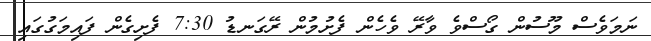
ނަމަވެސް މޫސުން ގޯސްވެ ވާރޭ ވެހެން ފެށުމުން ރޭގަނޑު 7:30 ފެށިގެން ފައިމަގުގައި